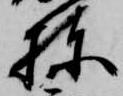
棟